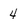
Character: 4